NAE_ERA_R-2632_ENSV_TA_Emakeele_Selts_1945-1955, lk 70
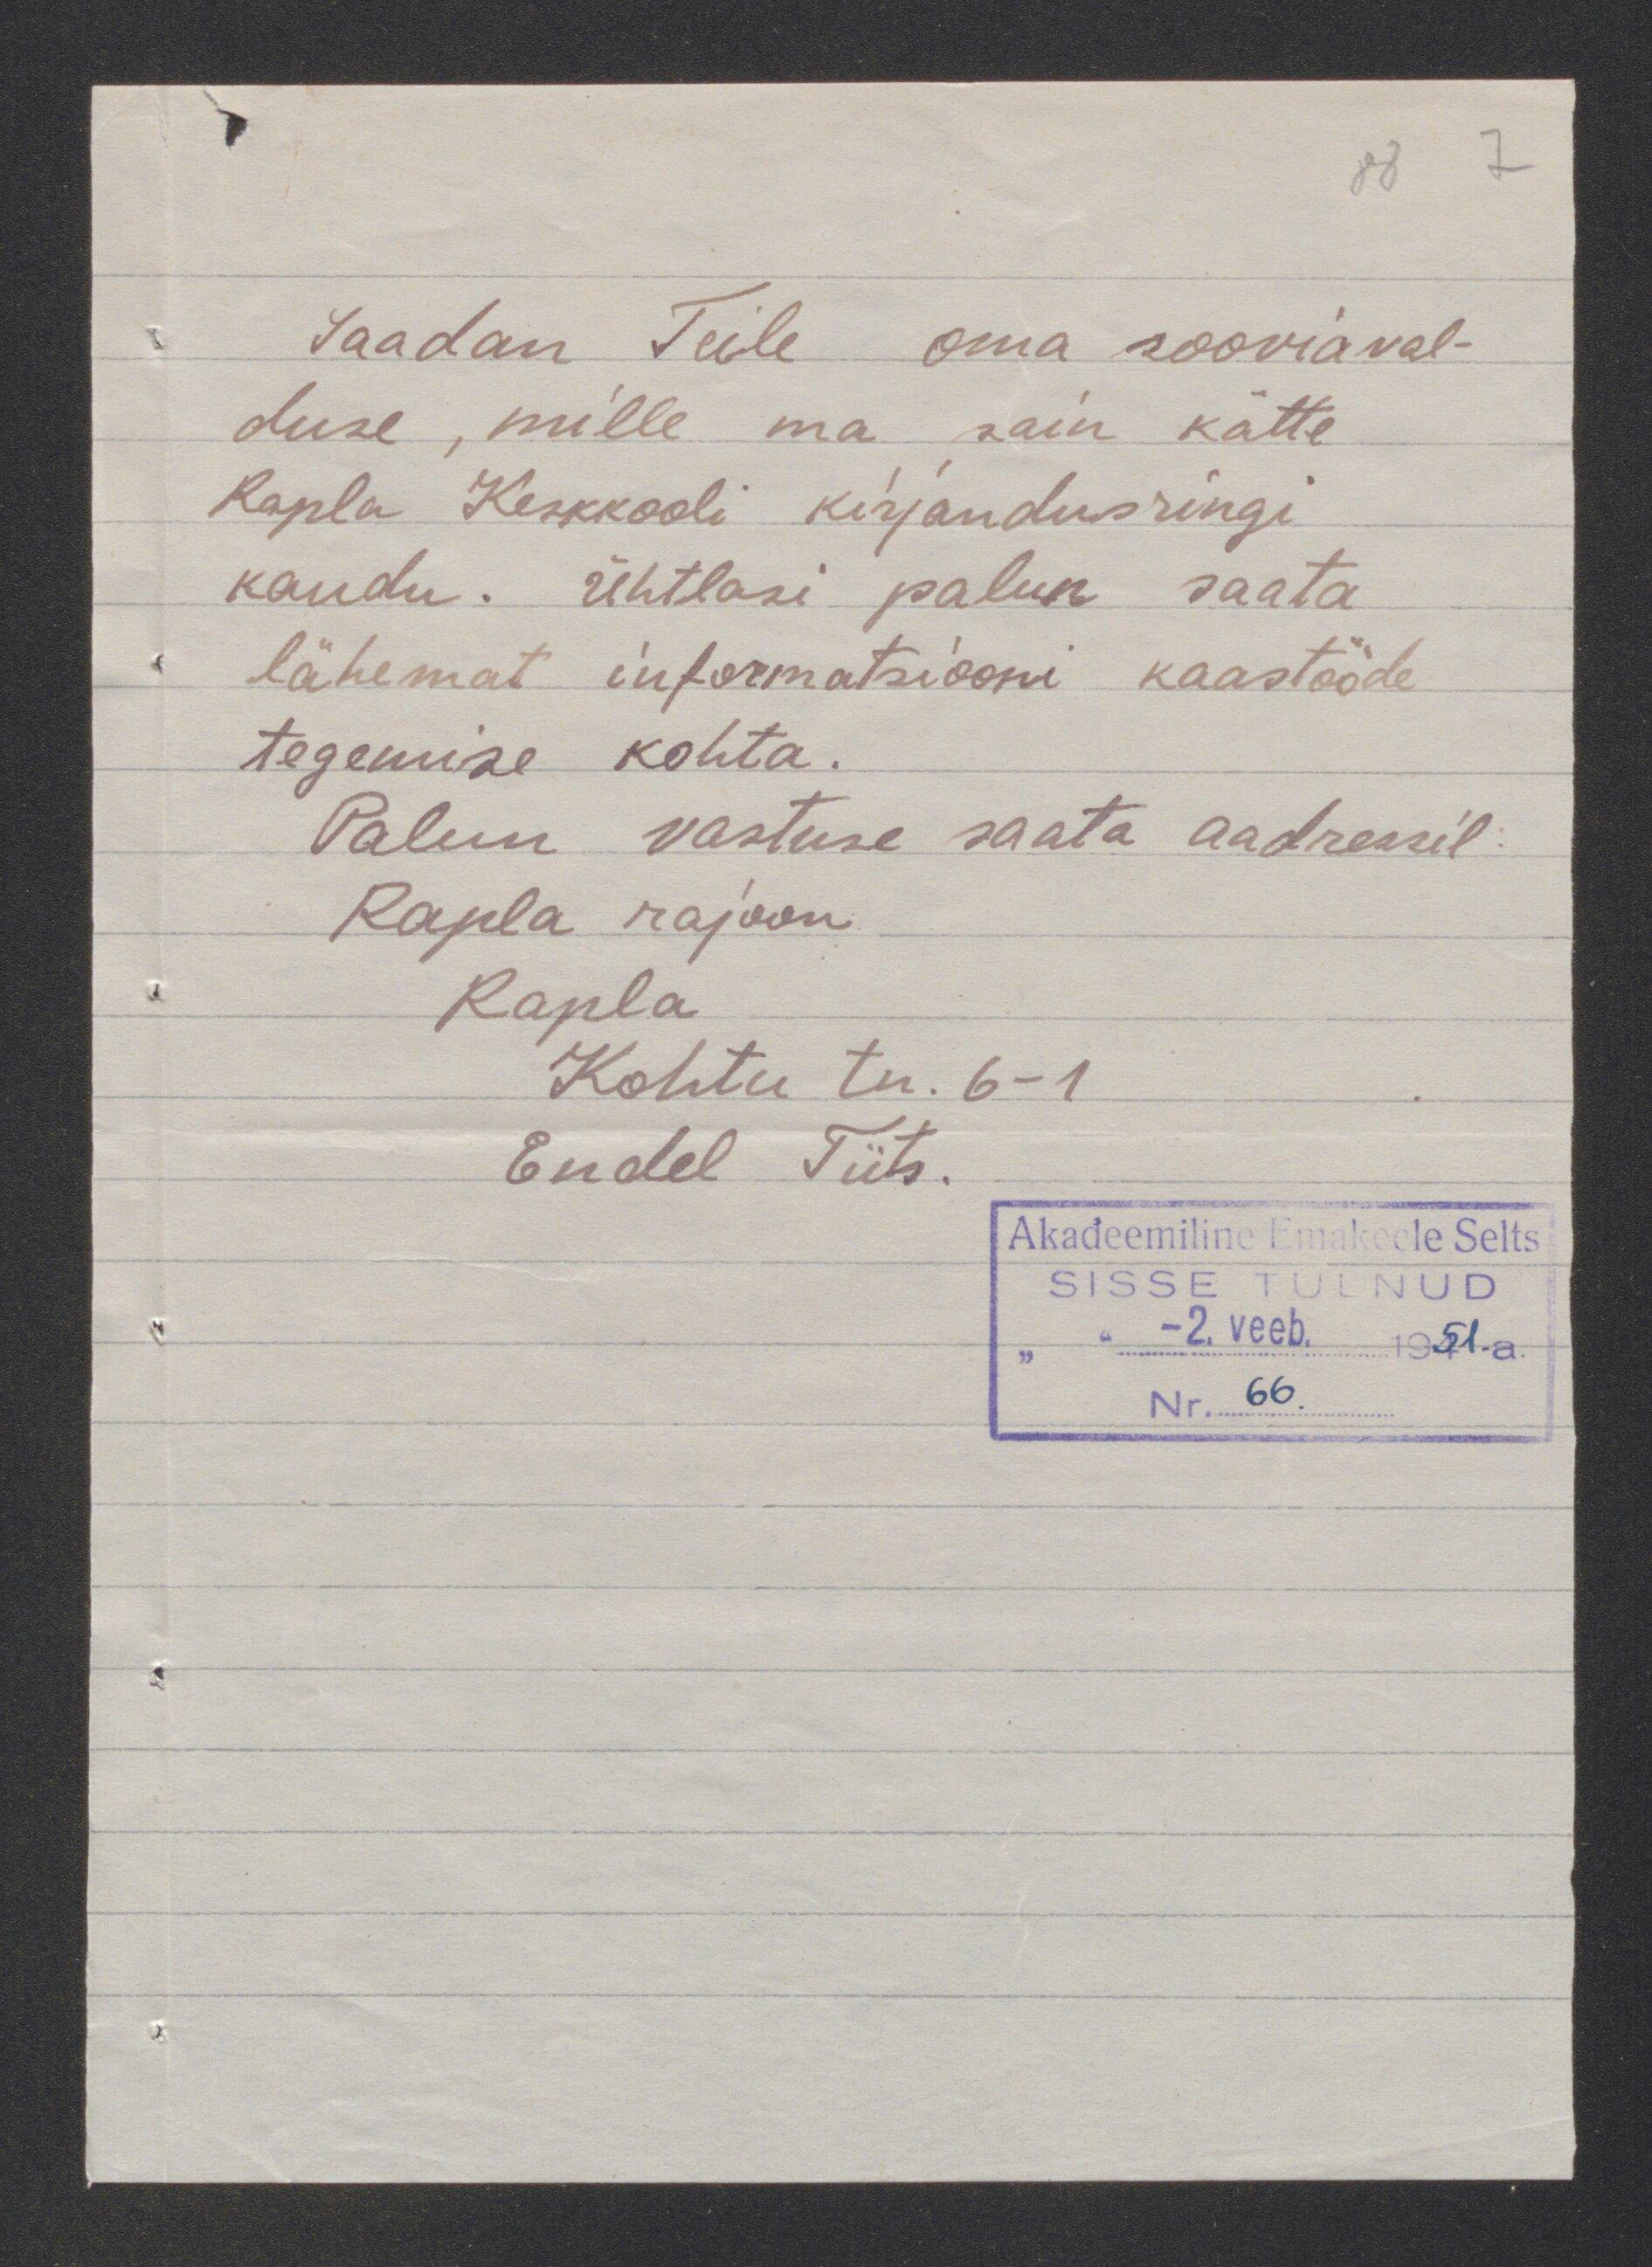
Saadan Teile oma sooviaval-
duse, mille ma sain kätte
Rapla Keskkooli kirjandusringi
kaudu. Ühtlasi palun saata
lähemat informatsiooni kaastööde
tegemise kohta
Palun vastuse saata aadressil
Rapla rajoon
Rapla
Kohtu tn. 6-1
Endel Tiits